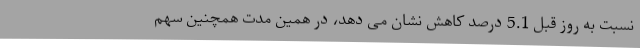
نسبت به روز قبل 5.1 درصد کاهش نشان می دهد، در همین مدت همچنین سهم